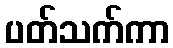
ပတ်သက်ကာ